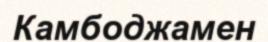
Камбоджамен